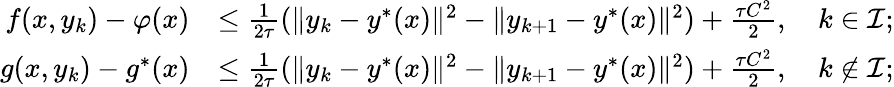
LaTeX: \begin{array}{rl}{f(x,y_{k})-\varphi(x)}&{\le\frac{1}{2\tau}(\Vert y_{k}-y^{*}(x)\Vert^{2}-\Vert y_{k+1}-y^{*}(x)\Vert^{2})+\frac{\tau C^{2}}{2},\quad k\in{\mathcal{I}};}\\ {g(x,y_{k})-g^{*}(x)}&{\le\frac{1}{2\tau}(\Vert y_{k}-y^{*}(x)\Vert^{2}-\Vert y_{k+1}-y^{*}(x)\Vert^{2})+\frac{\tau C^{2}}{2},\quad k\notin{\mathcal{I}};}\end{array}